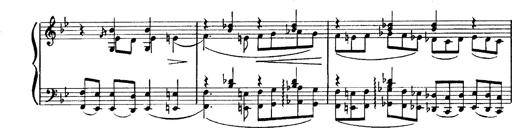
Title: Magyar dalok
Composer: Franz Liszt